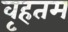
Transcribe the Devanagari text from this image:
वृहतम